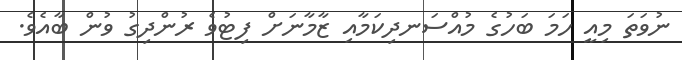
ނުވަތަ މިއީ ހަމަ ބަހުގެ މުއްސަނދިކަމާއި ޒާމާނަށް ފިޓުވެ ރުންދިގު ވުން ބާއެވެ.